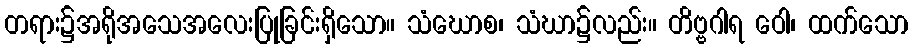
တရား၌အရိုအသေအလေးပြုခြင်းရှိသော။ သံဃောစ၊ သံဃာ၌လည်း။ တိဗ္ဗဂါရ ဝေါ၊ ထက်သော